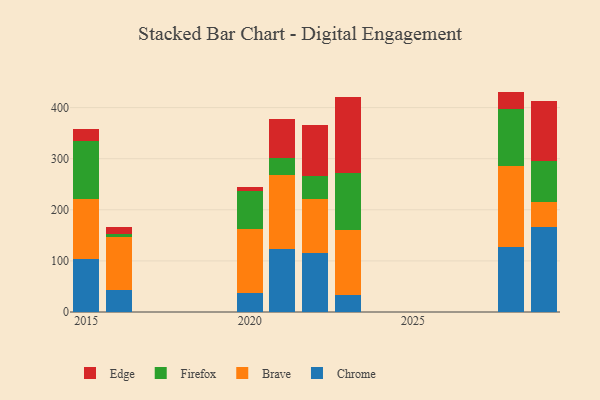
{"axis": {"x": "Year", "y": "Waste Production (Tons)"}, "legend": ["Brave", "Chrome", "Edge", "Firefox"], "data": [{"x": "2016", "y": 42.9, "type": "Chrome"}, {"x": "2016", "y": 103.5, "type": "Brave"}, {"x": "2016", "y": 6.7, "type": "Firefox"}, {"x": "2016", "y": 14.0, "type": "Edge"}, {"x": "2020", "y": 37.8, "type": "Chrome"}, {"x": "2020", "y": 124.4, "type": "Brave"}, {"x": "2020", "y": 75.3, "type": "Firefox"}, {"x": "2020", "y": 6.2, "type": "Edge"}, {"x": "2022", "y": 116.1, "type": "Chrome"}, {"x": "2022", "y": 105.0, "type": "Brave"}, {"x": "2022", "y": 45.4, "type": "Firefox"}, {"x": "2022", "y": 99.3, "type": "Edge"}, {"x": "2015", "y": 103.9, "type": "Chrome"}, {"x": "2015", "y": 117.1, "type": "Brave"}, {"x": "2015", "y": 113.9, "type": "Firefox"}, {"x": "2015", "y": 24.0, "type": "Edge"}, {"x": "2028", "y": 127.6, "type": "Chrome"}, {"x": "2028", "y": 158.4, "type": "Brave"}, {"x": "2028", "y": 111.1, "type": "Firefox"}, {"x": "2028", "y": 34.2, "type": "Edge"}, {"x": "2029", "y": 166.3, "type": "Chrome"}, {"x": "2029", "y": 48.9, "type": "Brave"}, {"x": "2029", "y": 79.5, "type": "Firefox"}, {"x": "2029", "y": 117.7, "type": "Edge"}, {"x": "2021", "y": 122.9, "type": "Chrome"}, {"x": "2021", "y": 145.2, "type": "Brave"}, {"x": "2021", "y": 34.2, "type": "Firefox"}, {"x": "2021", "y": 74.6, "type": "Edge"}, {"x": "2023", "y": 33.2, "type": "Chrome"}, {"x": "2023", "y": 126.5, "type": "Brave"}, {"x": "2023", "y": 112.7, "type": "Firefox"}, {"x": "2023", "y": 148.9, "type": "Edge"}]}